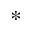
*